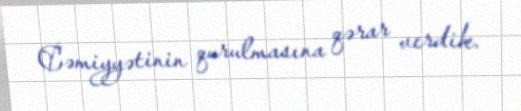
Cəmiyyətinin qurulmasına qərar verdik.